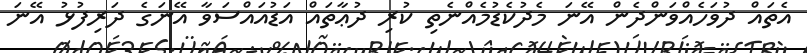
އެތައް ދުވަހެއްވަންދެން އޭނަ މެދުކެޑުމެއްނެތި ކުރި ދުޢާތައް އަޑުއައްސަވާ އޭނަގެ ދަރިފުޅު އޭނަ